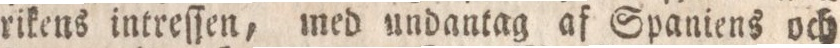
rikens intreſſen, med undantag af Spaniens och